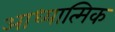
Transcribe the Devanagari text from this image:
आध्‍यात्मिक